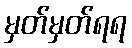
မှတ်မှတ်ရရ